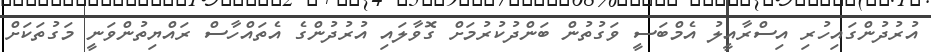
އުރުދުންގައިހުރި އިސްރާއީލު އެމްބަސީ ވަގުތުން ބަންދުކުރުމަށް ގޮވާލައި އުރުދުންގެ އެތައްހާސް ރައްޔިތުންވަނީ މަގުތަކަށް